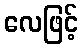
လေဖြင့်